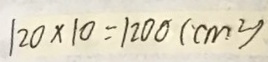
1 2 0 \times 1 0 = 1 2 0 0 ( c m ^ { 2 } )